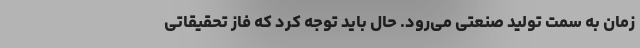
زمان به سمت تولید صنعتی می‌رود. حال باید توجه کرد که فاز تحقیقاتی